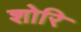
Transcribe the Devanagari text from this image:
शोरि